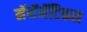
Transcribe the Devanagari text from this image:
मॅथॅमॅटिकल